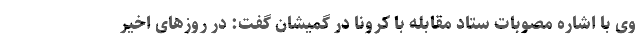
وی با اشاره مصوبات ستاد مقابله با کرونا در گمیشان گفت: در روزهای اخیر